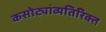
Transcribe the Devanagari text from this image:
कसोट्यांव्यतिरिक्त